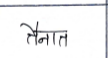
मजकूर: तैनात